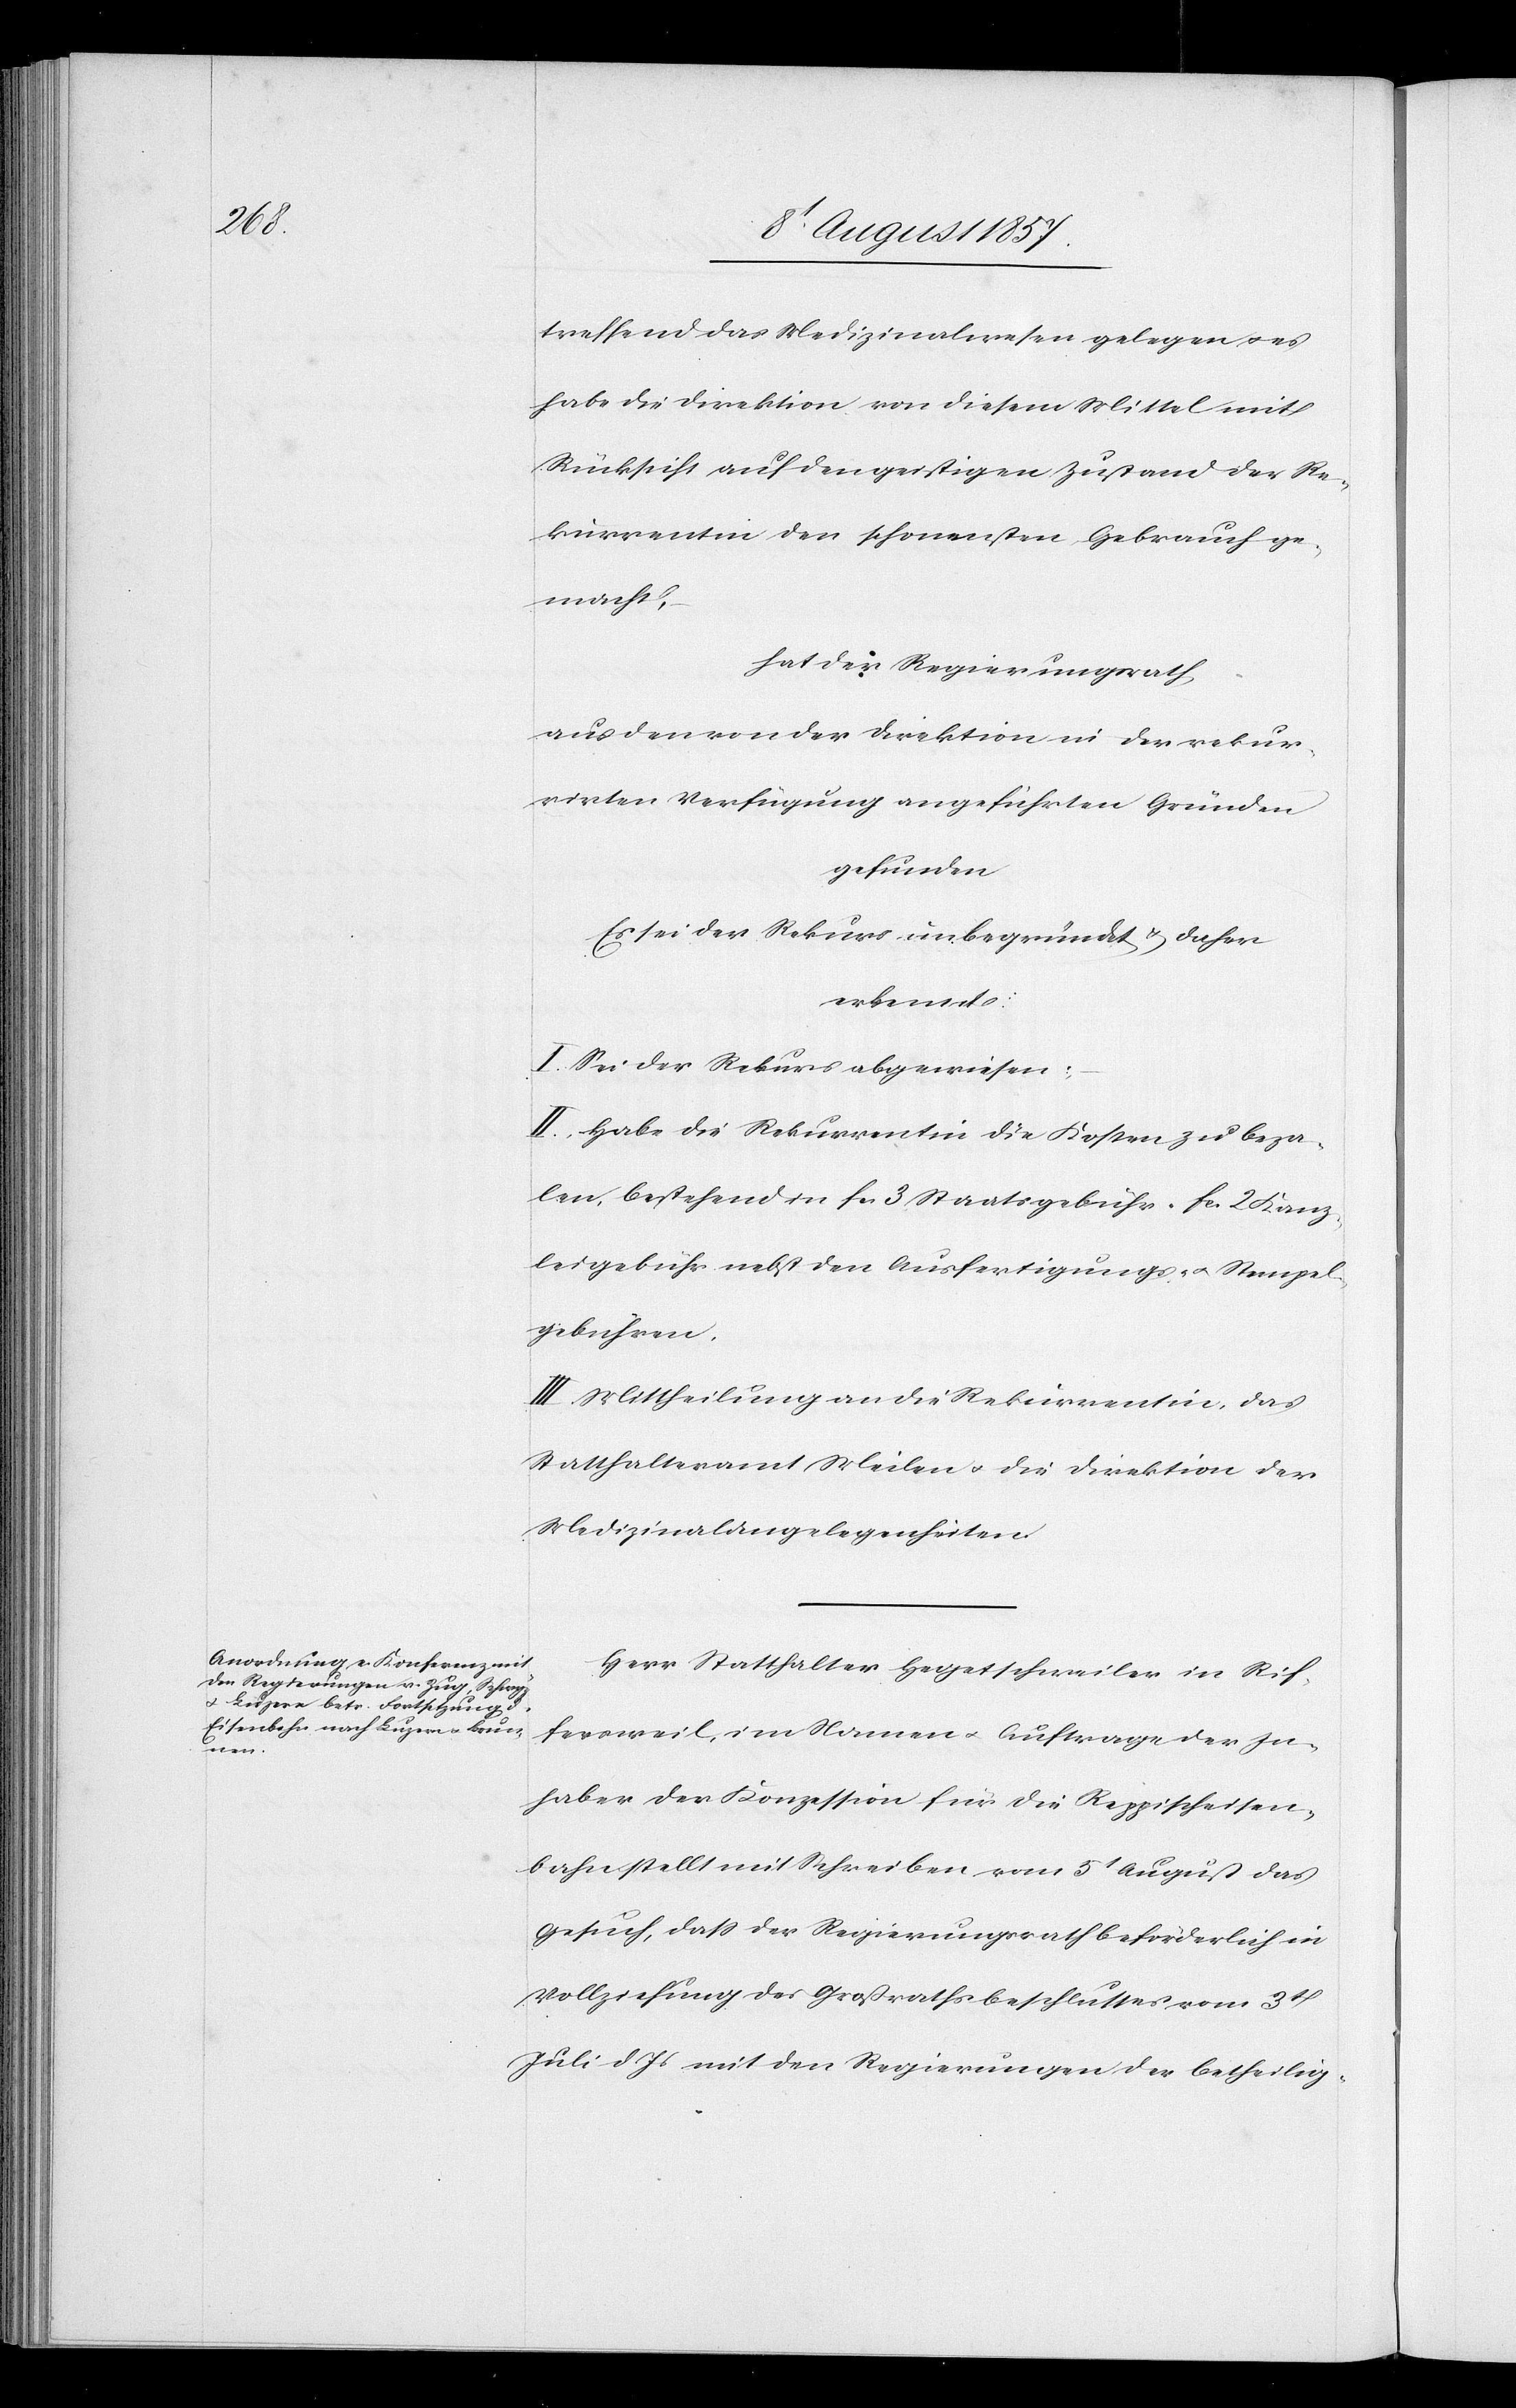
treffend das Medizinalwesen gelegen & es
habe die Direktion von diesem Mittel mit
Rücksicht auf den gestrigen Zustand der Re¬
kurrentin den schonensten Gebrauch ge¬
macht,
Hat der Regierungsrath,
aus den von der Direktion in der rekur¬
rirten Verfügung angeführten Gründen
gefunden
Es sei der Rekurs unbegründet & daher
erkennt:
I. Sei der Rekurs abgewiesen:
II. Habe die Rekurrentin die Kosten zu beza¬
len, bestehend in fcs 3 Staatsgebühr fcs 2 Kanz¬
leigebühr nebst den Ausfertigungs- & Stempel¬
gebühren.
III. Mittheilung an die Rekurrentin das
Statthalteramt Meilen & die Direktion der
Medizinalangelegenheiten.
Herr Statthalter Hegetschweiler in Rif¬
fersweil, im Namen & Auftrage der In¬
haber der Konzession für die Reppischeisen¬
bahn stellt mit Schreiben vom 5t August das
Gesuch, daß der Regierungsrath beförderlich in
Vollziehung des Großrathsbeschlusses vom 3t
Juli d. Js. mit den Regierungen der betheilig-